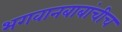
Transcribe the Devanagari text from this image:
भगवानबाबांचीच